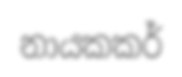
නායකකර්